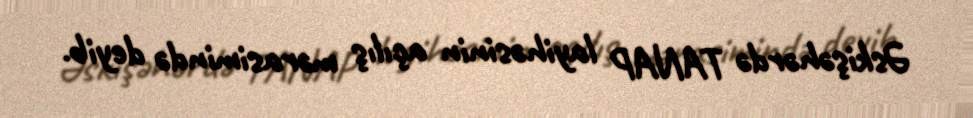
Əskişəhərdə TANAP layihəsinin açılış mərasimində deyib.